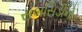
સબસિડીનો